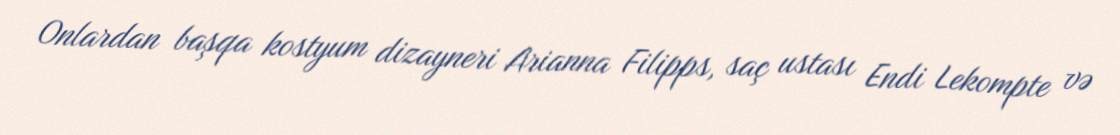
Onlardan başqa kostyum dizayneri Arianna Filipps, saç ustası Endi Lekompte və